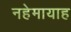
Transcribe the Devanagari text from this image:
नहेमायाह